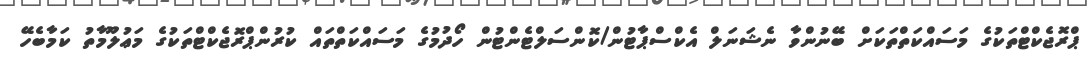
ޕްރޮޖެކްޓްތަކުގެ މަސައްކަތްތަކަށް ބޭނުންވާ ނެޝަނަލް އެކްސްޕާޓުން/ކޮންސަލްޓެންޓުން ހޯދުމުގެ މަސައްކަތްތައް ކުރުންޕްރޮޖެކްޓްތަކުގެ މަޢުލޫމާތު ކަމާބެހޭ